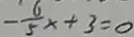
- \frac { 6 } { 5 } x + 3 = 0